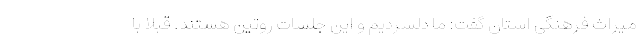
میراث فرهنگی استان گفت: ما دلسردیم و این جلسات روتین هستند. قبلا با